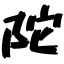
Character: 陀